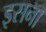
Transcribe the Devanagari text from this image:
इसना